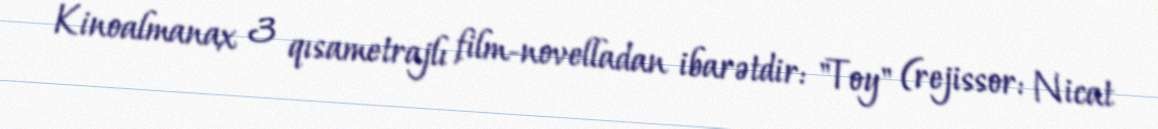
Kinoalmanax 3 qısametrajlı film-novelladan ibarətdir: "Toy" (rejissor: Nicat